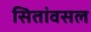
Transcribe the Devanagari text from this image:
सितांवसल